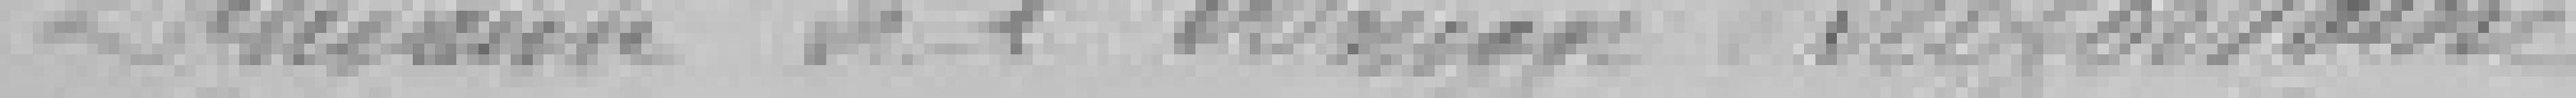
Demande de l'Union Belfortaine